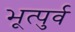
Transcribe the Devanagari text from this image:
भूत्पुर्व